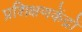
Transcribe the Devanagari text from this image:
प्रशिक्षणकेंद्रों